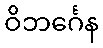
ဝိဘင်္ဂေန